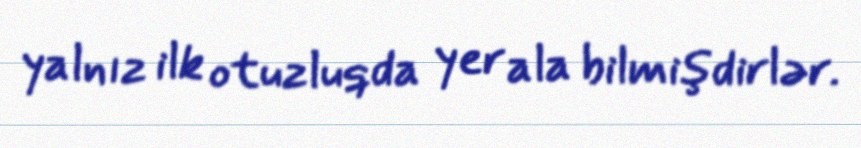
yalnız ilk otuzluqda yer ala bilmişdirlər.